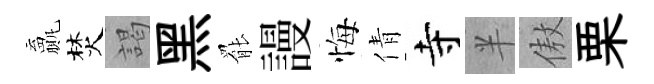
贏焚謁黑罷謾悔倩寺半傲栗